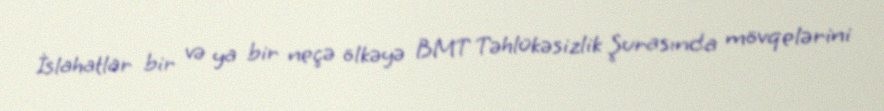
İslahatlar bir və ya bir neçə ölkəyə BMT Təhlükəsizlik Şurasında mövqelərini